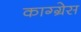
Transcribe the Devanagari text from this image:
काग्ग्रेस